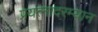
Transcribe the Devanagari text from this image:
प्रयत्नादरम्यान